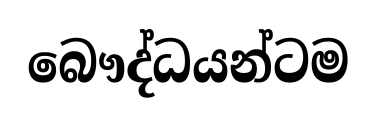
බෞද්ධයන්ටම